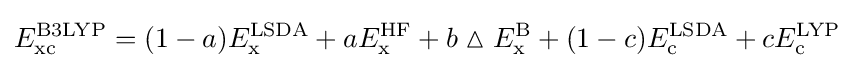
E_{\text{xc}}^{\text{B3LYP}}=(1-a)E_{\text{x}}^{\text{LSDA}}+aE_{\text{x}}^{\text{HF}}+b\vartriangle E_{\text{x}}^{\text{B}}+(1-c)E_{\text{c}}^{\text{LSDA}}+cE_{\text{c}}^{\text{LYP}}